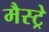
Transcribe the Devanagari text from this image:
मैस्ट्रे